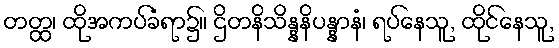
တတ္ထ၊ ထိုအကပ်ခံရာ၌။ ဌိတနိသိန္နနိပန္နာနံ၊ ရပ်နေသူ, ထိုင်နေသူ,